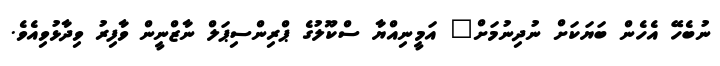
ނުބެހޭ އެހެން ބަޔަކަށް ނުދިނުމަށް" އަމީނިއްޔާ ސްކޫލުގެ ޕްރިންސިޕަލް ނާޒްނީން ވާފިރު ވިދާޅުވިއެވެ.